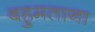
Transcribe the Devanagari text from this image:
बहुमताना